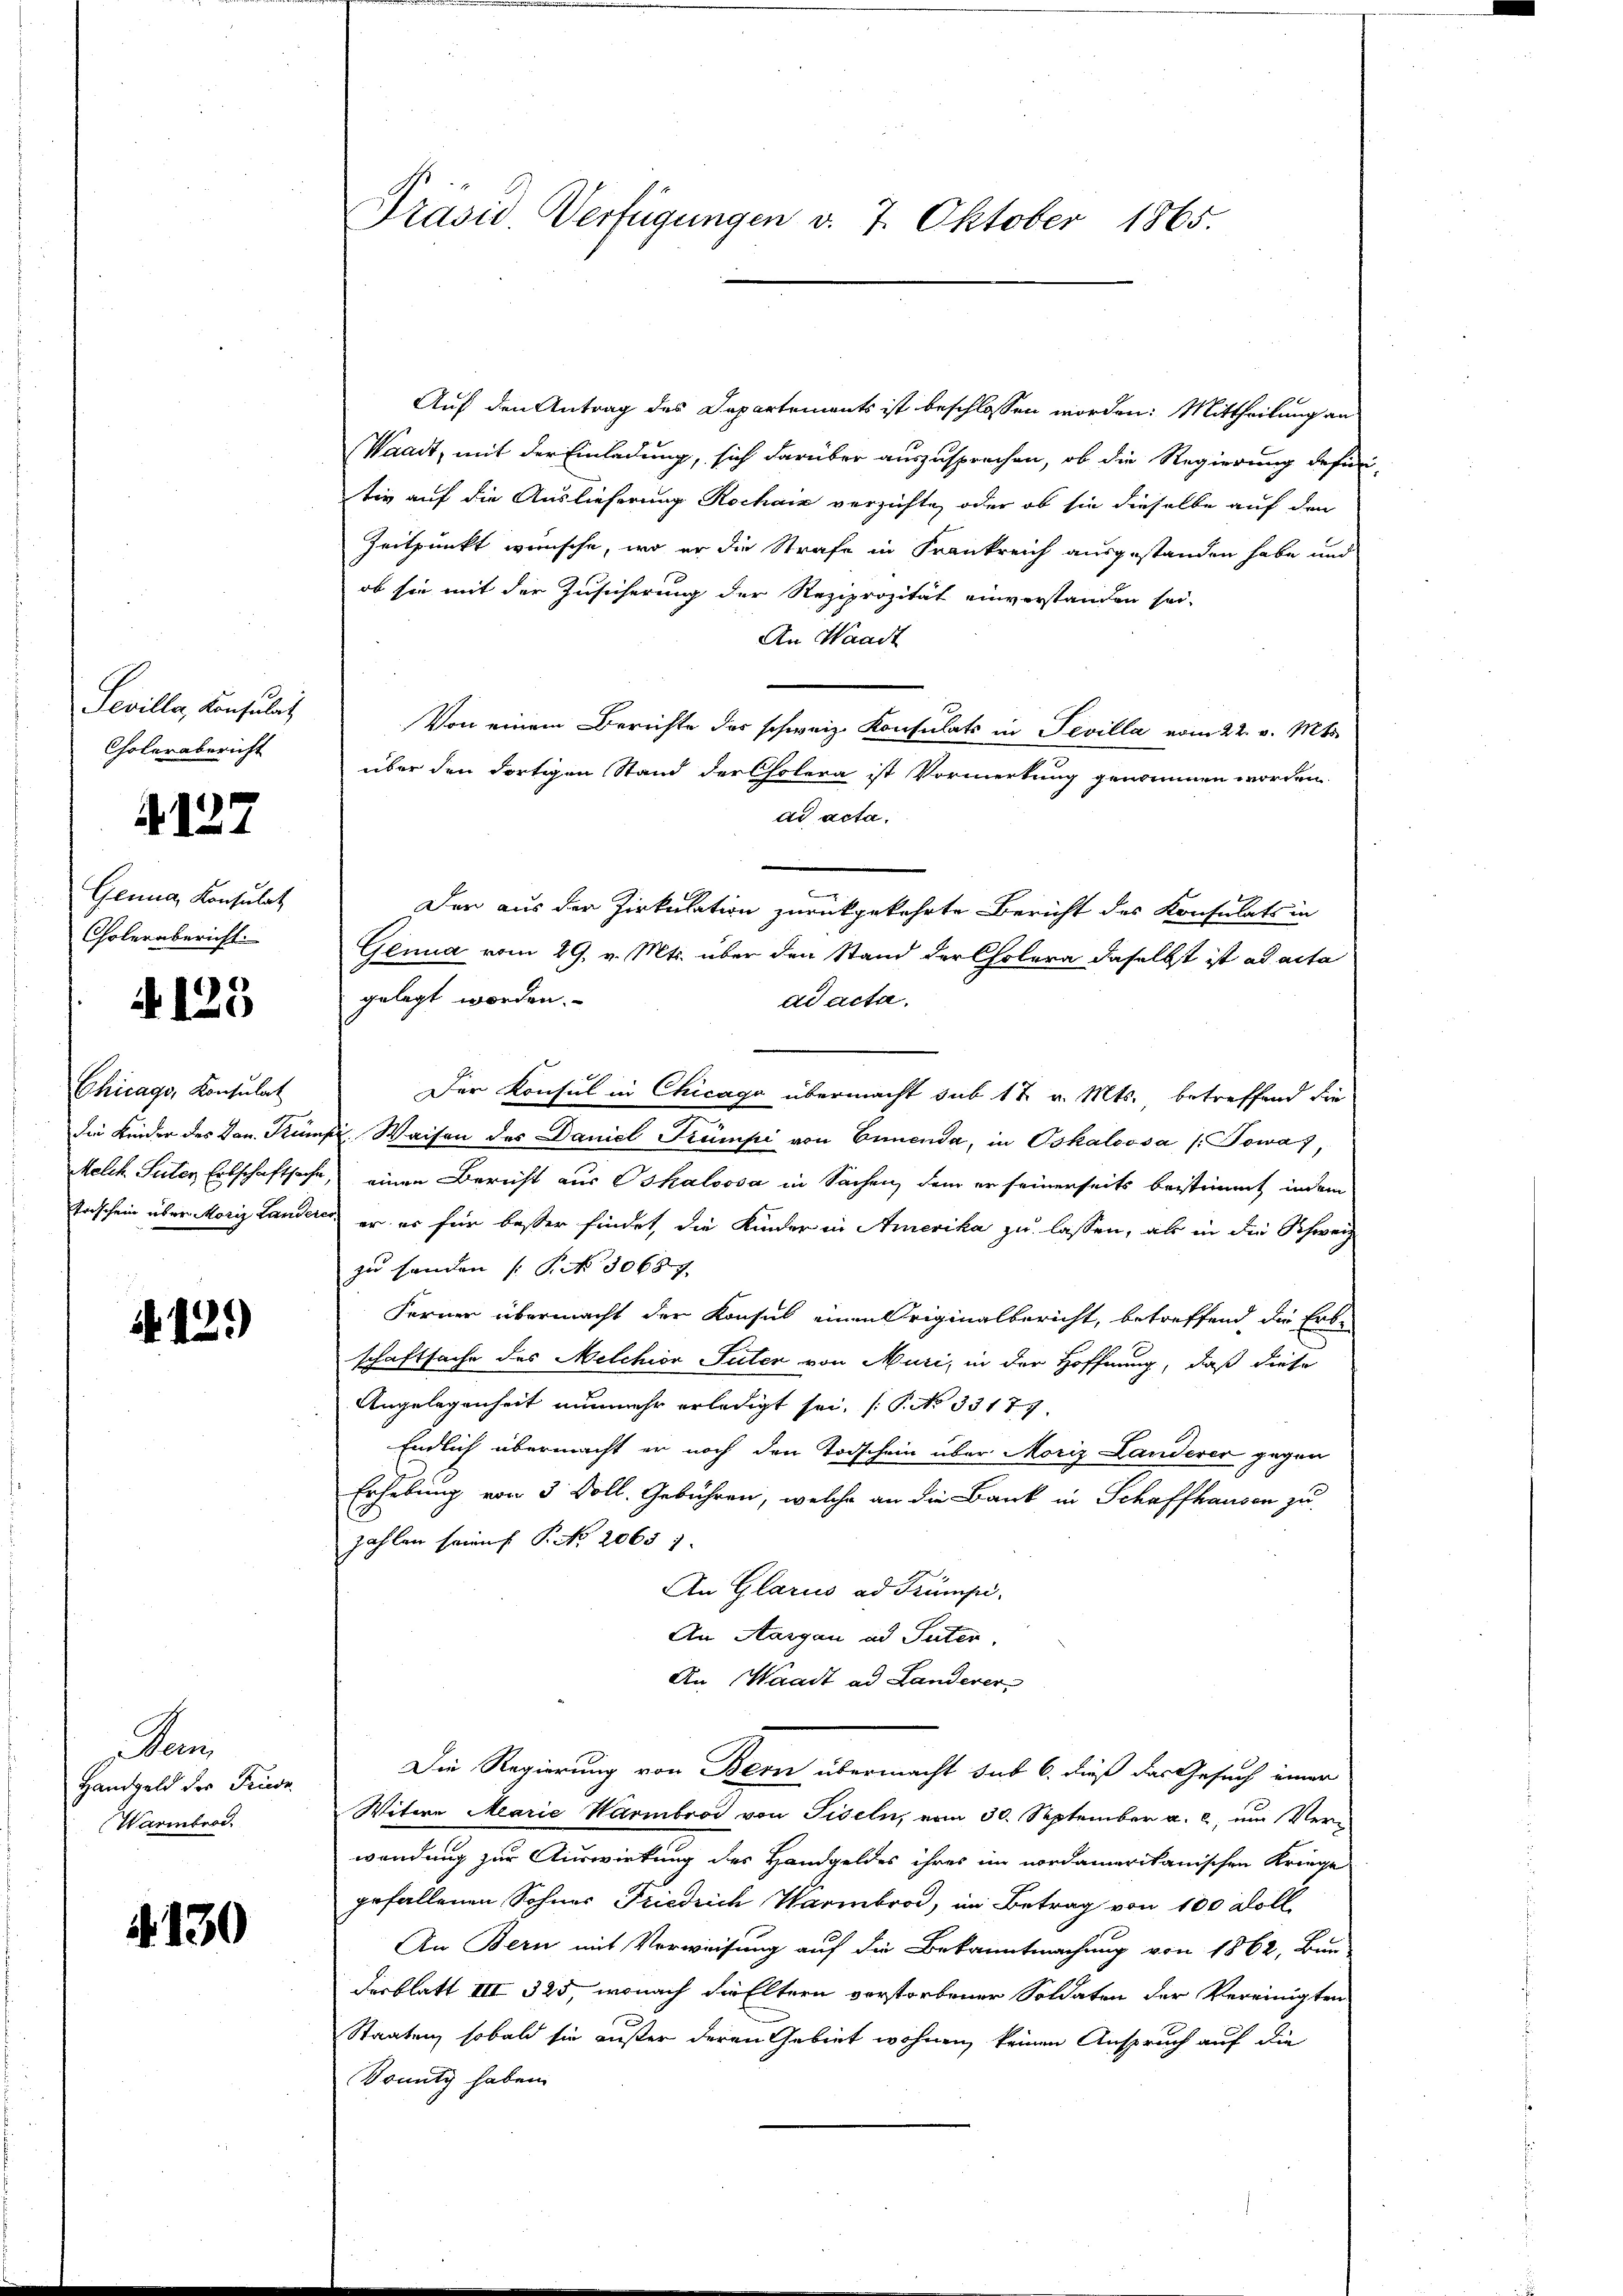
Sevilla, Konsulat
Cholerabericht

4127

Genua, Konsulat
Cholerabericht.

4125

Chicago, Konsulat

12.)

un
Handgeld der Friede
Warmbrac

§. 130

Auf den Antrag des Departements ist beschlossen worden: Mittheilung an
Waadt, mit der Einladung, sich darüber auszusprechen, ob die Regierung defini
tiv auf die Auslieferung Rochain verzichte, oder ob sie dieselbe auf den
Zeitpunkt wünsche, wo er die Strafe in Frankreich ausgestanden habe und
ob sie mit der Zusicherung der Reziprozität einverstanden sei.
An Waadt
Von einem Berechte des schweiz. Konsulats in Sevilla vom 22. v. Mts.
über den dortigen Stand der Cholera ist Vormerkung genommen worden.
dd acta.
Den aus der Zirkulation zurückgekehrte Bericht des Konsulats in
Genua vom 29. v. Mts. über den Stand der Cholera daselbst ist ad acta
gelegt worden.
ad acta.
Der Konsul in Chicago übermacht sub 12 v. Mts., betreffend die
die Kinder des Hrn. Trumpi. Waisen des Daniel Trumpi von Ernenda, in Oskaloosa /:Towa7,
Melch Suter Erbschaftsache, einen Bericht aus Oskaloosa in Sachen, dem er seinerseits beistimmt indem
Todschein über Moriz Landeres er es für besser findet, die Kinder in Amerika zu lassen, als in die Schweiz
zu handen (S. 30687
Ferner übermacht der Konsul einen Originalbericht, betreffend die Erb-
schaftsache des Melchior Sulen von Muri, in der Hoffnung, daß diese
Angelegenheit nunmehr erledigt sei, (P.No 33179
Endlich übermacht er noch den Todschein über Moriz Landerer gegen
Erhebung von 3 Voll. Gebühren, welche an die Bank in Schaffhausen zu
zahlen sein P. Nr. 20653.
An Glarus ad Trumpi.
An Aargau ad Suter,
An Waadt ad Landerer
Die Regierung von Bern übermacht sub 6. dieß das Gesuch einer
Witwe Marie Warmbrod von Piseln, vom 30. September a. c. um Verwendung zur Auswirkung des Handgeldes ihres im nordamerikanischen Kriege
gefallenen Sohnes Friedrich Warmbrod, im Betrag von 100 Koll
An Bern mit Verweisung auf die Bekanntmachung von 1862, Bun-
desblatt III 325, wonach die Eltern verstorbener Soldaten der Vereinigten
Staaten, sobald sie außer deren Gebiet wohnen, keinen Anspruch auf die
Dounty haben.

Präsid. Verfügungen v. 7. Oktober 1865.